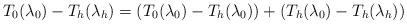
LaTeX: \begin{align*}T_0(\lambda_0) -T_h(\lambda_h)= (T_0(\lambda_0)-T_h(\lambda_0))+(T_h(\lambda_0) -T_h(\lambda_h)) \end{align*}